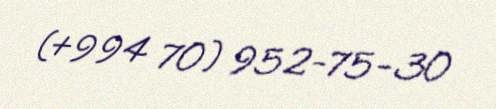
(+994 70) 952-75-30